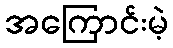
အကြောင်းမဲ့